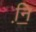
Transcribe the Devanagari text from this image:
नि़॒